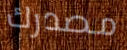
مصدرك